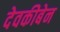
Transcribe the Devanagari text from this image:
देवकीबेन